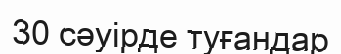
30 сәуірде туғандар